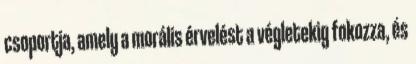
csoportja, amely a morális érvelést a végletekig fokozza, és